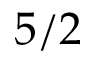
5 / 2